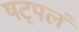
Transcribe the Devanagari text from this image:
षट्पलं